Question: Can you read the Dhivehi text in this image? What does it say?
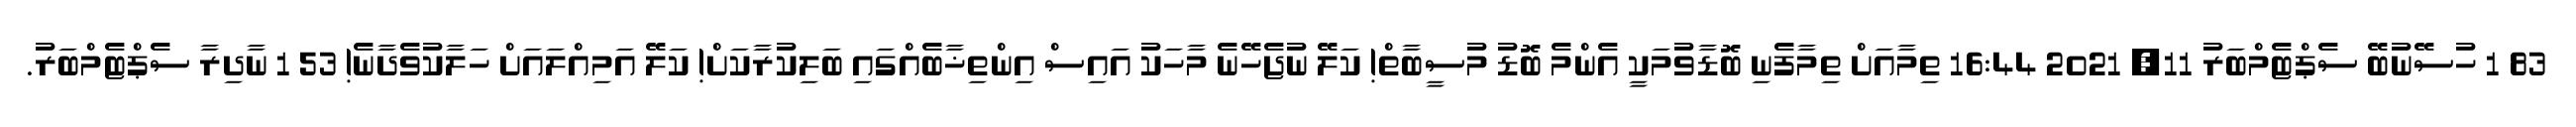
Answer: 83 1 ހުސޭނުބޭ ސެޕްޓެމްބަރު 11, 2021 16:44 ތިމާއަށް ތިމާފެނި ބޮޑާވުމަކީ އެންމެ ބޮޑު މުސީބާތް! ކަލޭ ނުޖެހޭނެ މާހަކު އައިސް އިންތިޚާބެއްގައި ބަލިކުރާކަށް! ކަލޭ އަމިއްލައަށް ހަލާކުވެދާނެ! 53 1 ނާދިރާ ސެޕްޓެމްބަރު.